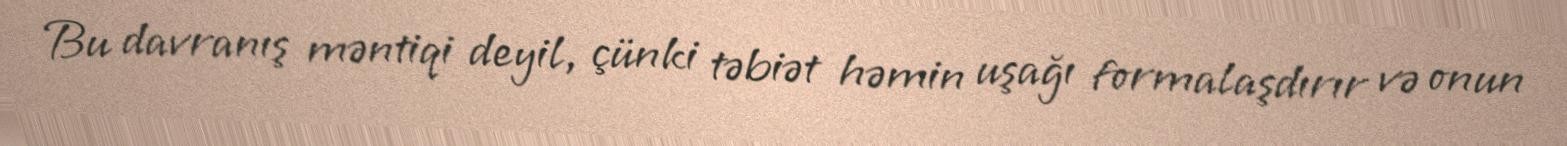
Bu davranış məntiqi deyil, çünki təbiət həmin uşağı formalaşdırır və onun